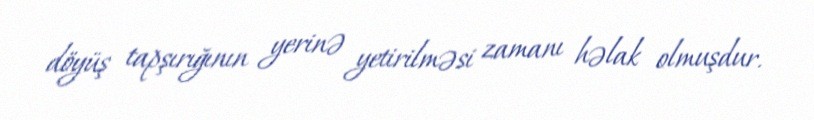
döyüş tapşırığının yerinə yetirilməsi zamanı həlak olmuşdur.